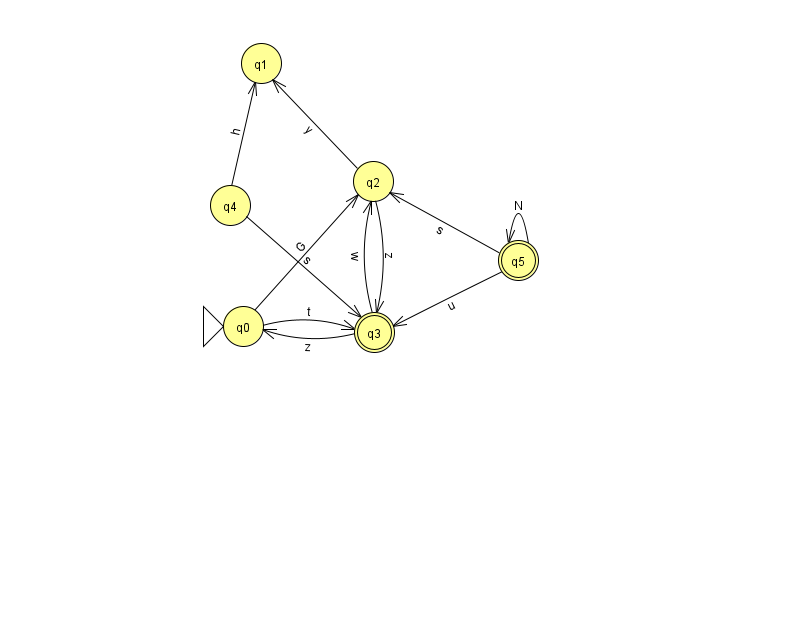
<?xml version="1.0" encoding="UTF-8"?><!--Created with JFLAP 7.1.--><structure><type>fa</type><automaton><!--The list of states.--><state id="0" name="q0"><x>243.0</x><y>313.0</y><initial/></state><state id="1" name="q1"><x>261.0</x><y>50.0</y></state><state id="2" name="q2"><x>373.0</x><y>168.0</y></state><state id="3" name="q3"><x>374.0</x><y>319.0</y><final/></state><state id="4" name="q4"><x>230.0</x><y>192.0</y></state><state id="5" name="q5"><x>518.0</x><y>247.0</y><final/></state><!--The list of transitions.--><transition><from>0</from><to>2</to><read>G</read></transition><transition><from>5</from><to>3</to><read>u</read></transition><transition><from>2</from><to>3</to><read>z</read></transition><transition><from>3</from><to>0</to><read>z</read></transition><transition><from>4</from><to>3</to><read>s</read></transition><transition><from>4</from><to>1</to><read>h</read></transition><transition><from>2</from><to>1</to><read>y</read></transition><transition><from>0</from><to>3</to><read>t</read></transition><transition><from>5</from><to>2</to><read>s</read></transition><transition><from>3</from><to>2</to><read>w</read></transition><transition><from>5</from><to>5</to><read>N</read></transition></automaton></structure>